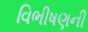
વિભીષણની